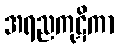
အရညကုဋိကာ